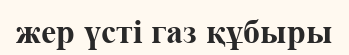
жер үсті газ құбыры